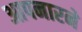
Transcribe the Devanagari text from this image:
आपनारने